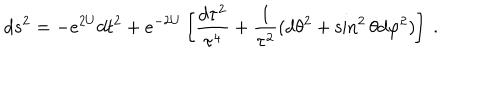
d s ^ { 2 } = - e ^ { 2 U } d t ^ { 2 } + e ^ { - 2 U } \left[ { \frac { d \tau ^ { 2 } } { \tau ^ { 4 } } } + { \frac { 1 } { \tau ^ { 2 } } } ( d \theta ^ { 2 } + \sin ^ { 2 } \theta d \varphi ^ { 2 } ) \right] \ .